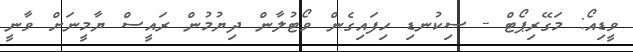
ވީޑިއޯ: މަގޭރިޕޯޓް - ސިކުނޑި ހިފައިގެން ވޯޓުލާން ދިޔުމުން ރައީސް ޔާމީނަށް ވާނީ